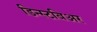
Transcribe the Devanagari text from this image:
डिन्स्टबिअर